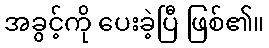
အခွင့်ကို ပေးခဲ့ပြီ ဖြစ်၏။